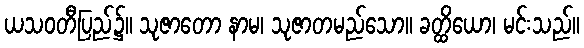
ယသဝတီပြည်၌။ သုဇာတော နာမ၊ သုဇာတမည်သော။ ခတ္ထိယော၊ မင်းသည်။